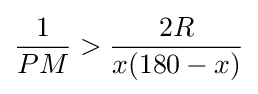
{\frac {1}{PM}}>{\frac {2R}{x(180-x)}}